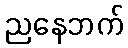
ညနေဘက်